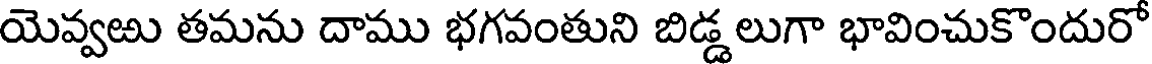
యెవ్వఱు తమను దాము భగవంతుని బిడ్డలుగా భావించుకొందురో